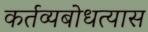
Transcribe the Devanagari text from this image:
कर्तव्यबोधत्यास